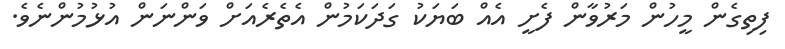
ފިތިގެން މީހުން މަރުވާން ފެށީ އެއް ބަޔަކު ގަދަކަމުން އެތެރެއަށް ވަންނަން އުޅުމުންނެވެ.